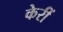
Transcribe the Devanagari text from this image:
केरीं